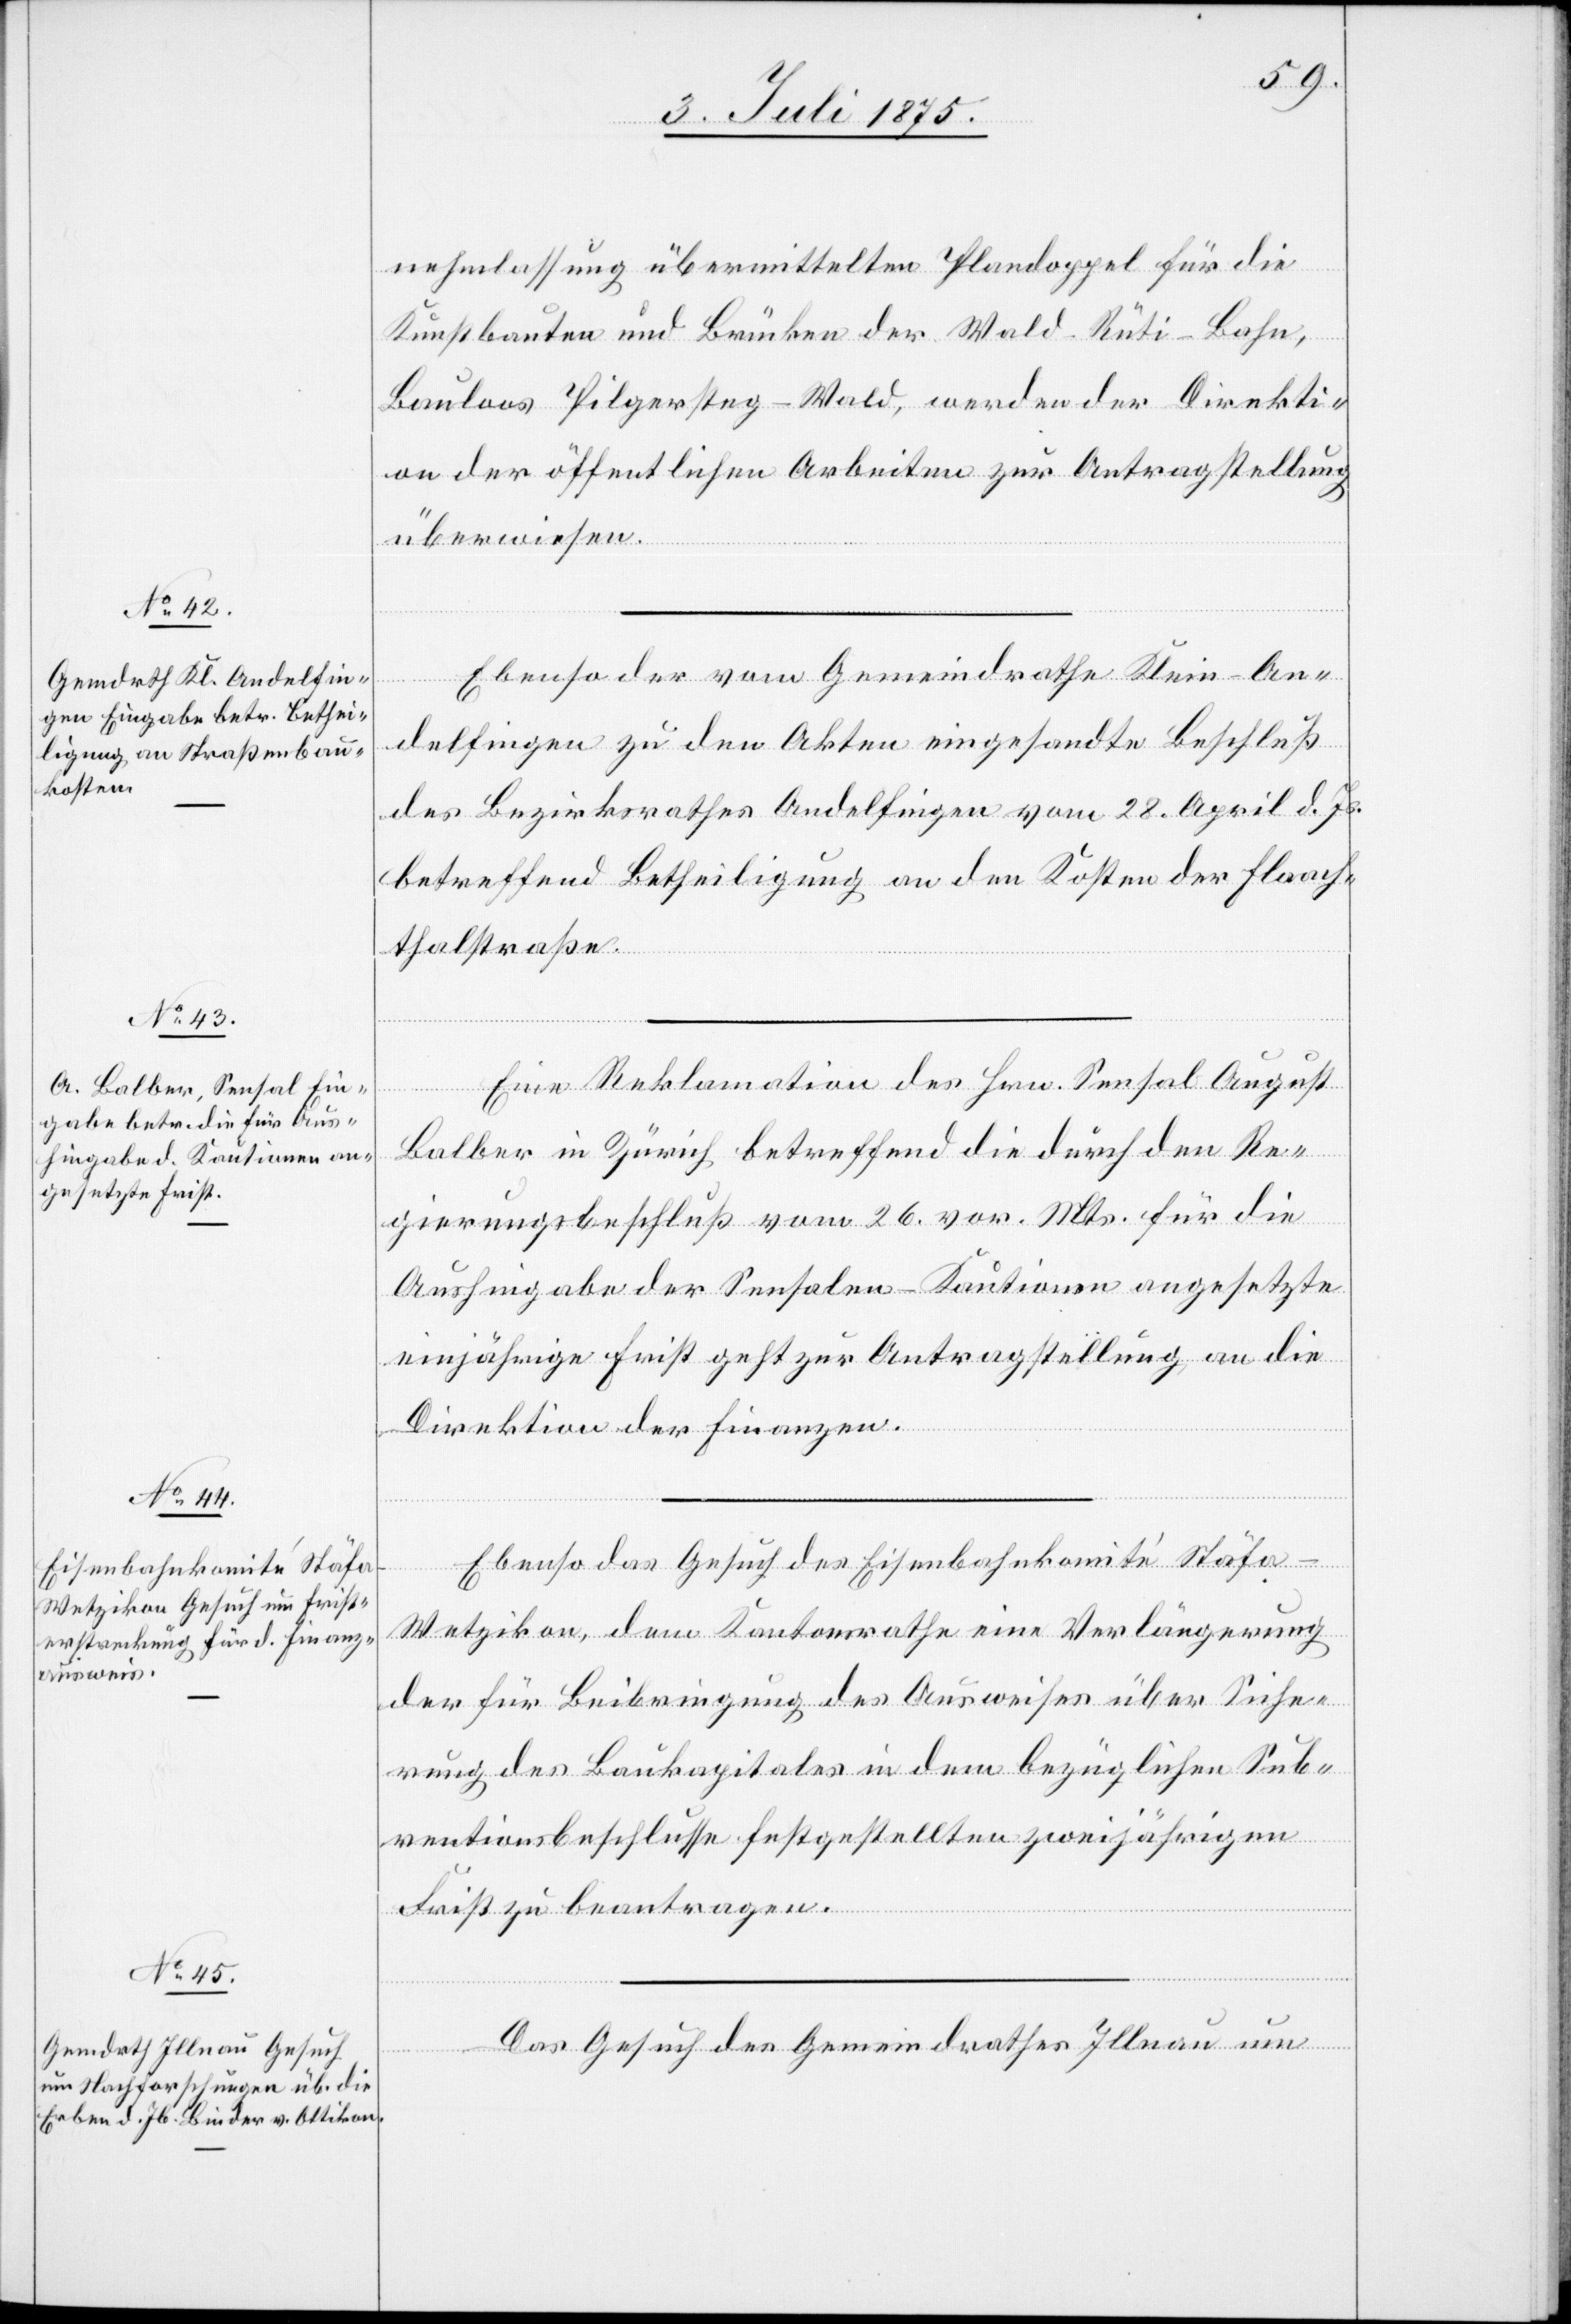
3. Juli 1875.]
nehmlassung übermittelten Plandoppel für die
Kunstbauten und Brücken der Wald–Rüti-Bahn,
Bauloos Pilgersteg - Wald, werden der Direkti¬
on der öffentlichen Arbeiten zur Antragstellung
überwiesen.
delfingen zu den Akten eingesandte Beschluß
des Bezirksrathes Andelfingen vom 28. April d. Js.
betreffend Betheiligung an den Kosten der Flaach¬
thalstraße.
Eine Reklamation des Hrn. Sensal August
Balber in Zürich, betreffend die durch den Re¬
gierungsbeschluß vom 26. vor. Mts. für die
Aushingabe der Sensalen-Kautionen angesetzte
einjährige Frist geht zur Antragstellung an die
Direktion der Finanzen.
Ebenso das Gesuch des Eisenbahnkomite Stäfa-W¬
etzikon, dem Kantonsrathe eine Verlängerung
der für Beibringung des Ausweises über Siche¬
rung des Baukapitals in dem bezüglichen Sub¬
ventionsbeschlusse festgestellten zweijährigen
Klein-An¬
Frist zu beantragen.
Das Gesuch des Gemeindrathes Illnau um